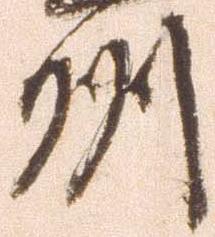
州